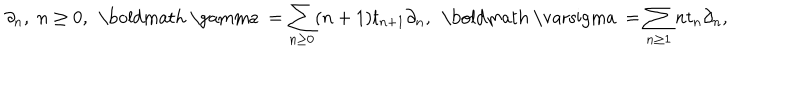
\partial _ { n } , \; n \geq 0 , \, \; \mathrm { \boldmath ~ \ g a m m a ~ } = \sum _ { n \geq 0 } ( n + 1 ) t _ { n + 1 } \partial _ { n } , \, \; \mathrm { \boldmath ~ \ v a r s i g m a ~ } = \sum _ { n \geq 1 } n t _ { n } \partial _ { n } ,